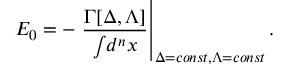
E _ { 0 } = - \left. \frac { \Gamma [ \Delta , \Lambda ] } { \int \! d ^ { n } x } \right| _ { \Delta = c o n s t , \Lambda = c o n s t } .